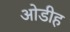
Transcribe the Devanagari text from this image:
ओडीह